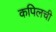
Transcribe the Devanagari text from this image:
कपिलची